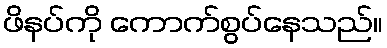
ဖိနပ်ကို ကောက်စွပ်နေသည်။